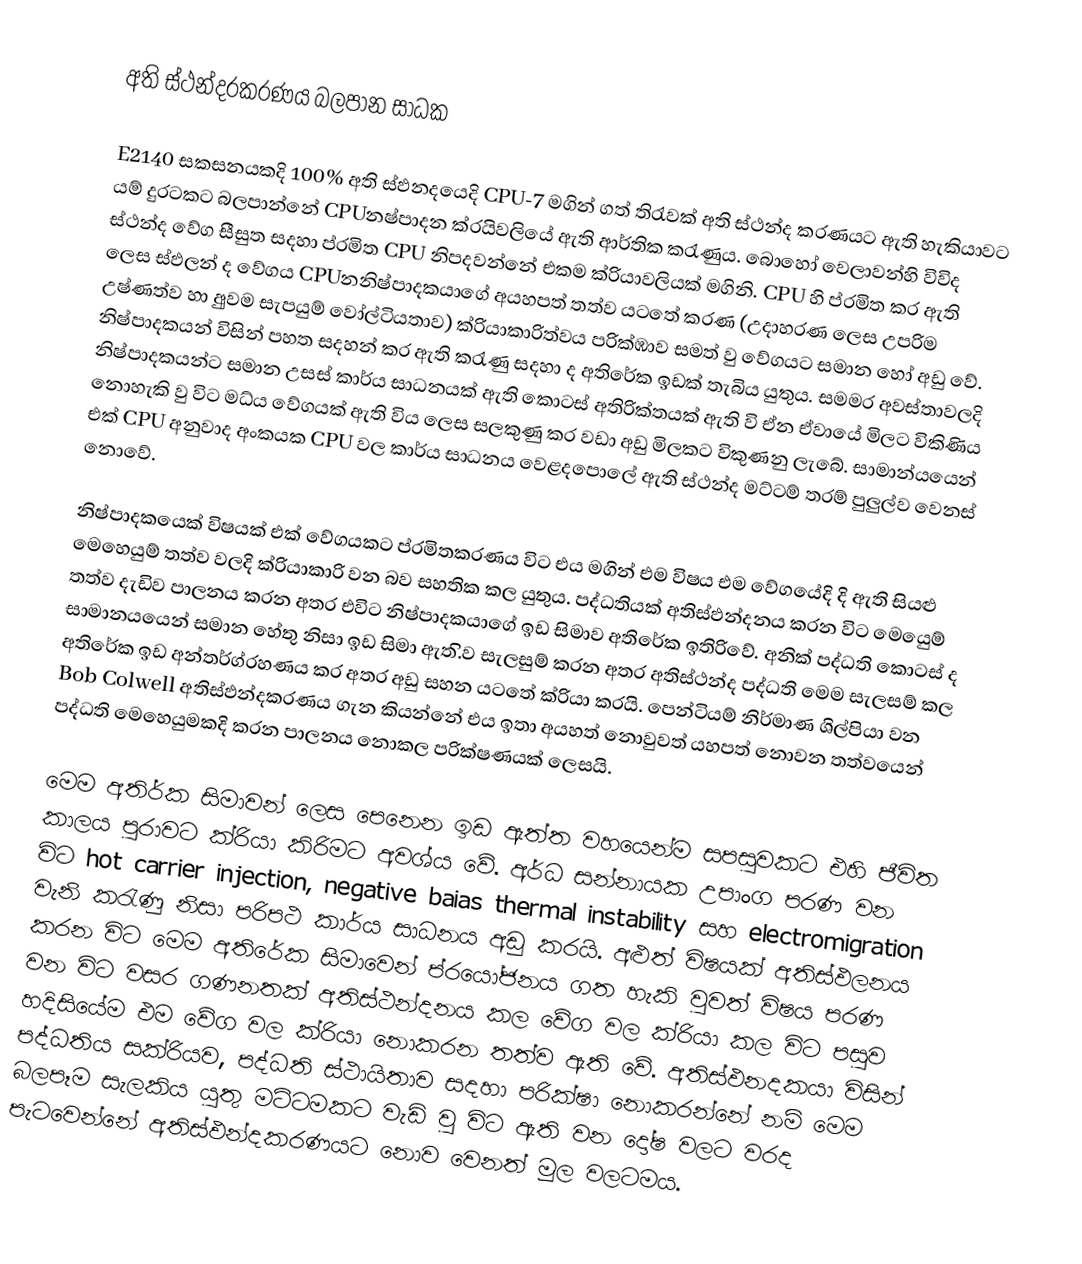
අති ස්ථන්දරකරණය බලපාන සාධක

E2140 සකසනයකදි 100% අති ස්ඵනදයෙදි CPU-7 මගින් ගත් තිරැවක් අති ස්ථන්ද කරණයට ඇති හැකියාවට යම් දුරටකට බලපාන්නේ CPUනෂ්පාදන ක්රයිවලියේ ඇති ආර්තික කරැණුය. බොහෝ වෙලාවන්හි විවිද ස්ථන්ද වේග සීසුත සදහා ප්රමිත CPU නිපදවන්නේ එකම ක්රියාවලියක් මගිනි. CPU හි ප්රමිත කර ඇති ලෙස ස්ඵලන් ද වේගය CPUනනිෂ්පාදකයාගේ අයහපත් තත්ව යටතේ කරණ (උදාහරණ ලෙස උපරිම උෂ්ණත්ව හා අුවම සැපයුම් වෝල්ටියතාව) ක්රියාකාරිත්වය පරික්ඹාව සමත් වු වේගයට සමාන හෝ අඩු වේ. නිෂ්පාදකයන් විසින් පහත සදහන් කර ඇති කරැණු සදහා ද අතිරේක ඉඩක් තැබිය යුතුය. සමමර අවස්තාවලදි නිෂ්පාදකයන්ට සමාන උසස් කාර්ය සාධනයක් ඇති කොටස් අතිරික්තයක් ඇති වි ඒන ඒවායේ මිලට විකිණිය නොහැකි වු විට මධ්ය වේගයක් ඇති විය ලෙස සලකුණු කර වඩා අඩු මිලකට විකුණනු ලැබේ. සාමාන්යයෙන් එක් CPU අනුවාද අංකයක CPU වල කාර්ය සාධනය වෙළදපොලේ ඇති ස්ථන්ද මට්ටම් තරම් පුලුල්ව වෙනස් නොවේ.

නිෂ්පාදකයෙක් විෂයක් එක් වේගයකට ප්රමිතකරණය විට එය මගින් එම විෂය එම වේගයේදි දි ඇති සියළු මෙහෙයුම් තත්ව වලදි ක්රියාකාරි වන බව සහතික කල යුතුය. පද්ධතියක් අතිස්ඵන්දනය කරන විට මෙයෙුම් තත්ව දැඩිව පාලනය කරන අතර එවිට නිෂ්පාදකයාගේ ඉඩ සිමාව අතිරේක ඉතිරිවේ. අනික් පද්ධති කොටස් ද සාමානයයෙන් සමාන හේතු නිසා ඉඩ සිමා ඇත.ිව සැලසුම් කරන අතර අතිස්ථන්ද පද්ධති මෙම සැලසම් කල අතිරේක ඉඩ අන්තර්ග්රහණය කර අතර අඩු සහන යටතේ ක්රියා කරයි. පෙන්ටියම් නිර්මාණ ශිල්පියා වන Bob Colwell අතිස්ඵන්දකරණය ගැන කියන්නේ එය ඉතා අයහත් නොවුවත් යහපත් නොවන තත්වයෙන් පද්ධති මෙහෙයුමකදි කරන පාලනය නොකල පරික්ෂණයක් ලෙසයි.

මෙම අතිර්ක සිමාවන් ලෙස පෙනෙන ඉඩ ඇත්ත වහයෙන්ම සපසුවකට එහි ජීවිත කාලය පුරාවට ක්රියා කිරිමට අවශ්ය වේ. අර්ධ සන්නායක උපාංග පරණ වන විට hot carrier injection, negative baias thermal instability  සහ electromigration වැනි කරැණු නිසා පරිපථ කාර්ය සාධනය අඩු කරයි. අළුත් විෂයක් අතිස්ඵලනය කරන විට මෙම අතිරේක සිමාවෙන් ප්රයෝජනය ගත හැකි වුවත් විෂය පරණ වන විට වසර ගණනතක් අතිස්ථන්දනය කල වේග වල ක්රියා කල විට පසුව හදිසියේම එම වේග වල ක්රියා නොකරන තත්ව ඇති වේ. අතිස්ඵනදකයා විසින් පද්ධතිය සක්රියව, පද්ධති ස්ථායිතාව සදහා පරික්ෂා නොකරන්නේ නම් මෙම බලපෑම සැලකිය යුතු මට්ටමකට වැඩි වු විට ඇති වන දෝෂ වලට වරද පැටවෙන්නේ අතිස්ඵන්දකරණයට නොව වෙනත් මුල වලටමය.